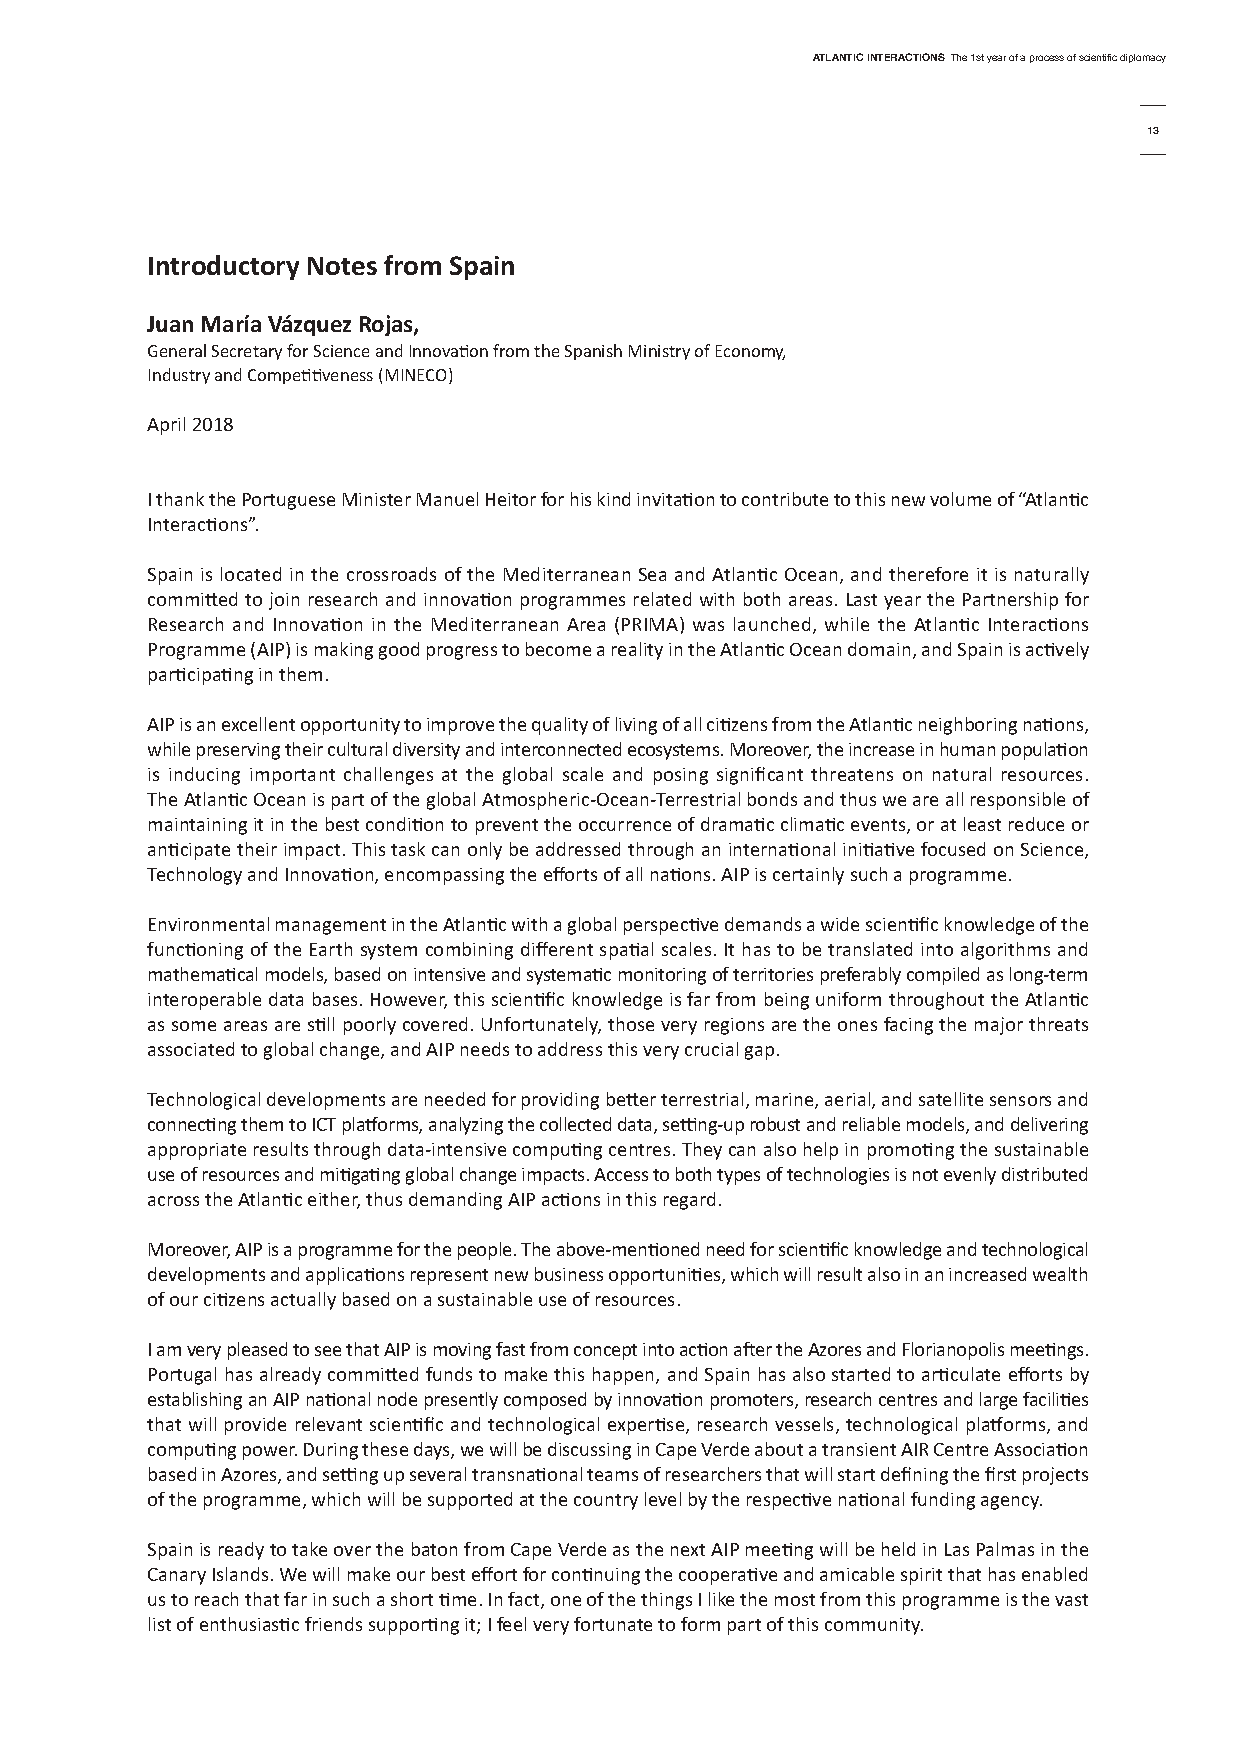
AtlAntic interActionsThe 1st year of a process of scientific diplomacy
 13
 introductory notes from spain
 Juan María Vázquez rojas,
 General Secretary for Science and Innovation from the Spanish Ministry of Economy,
 Industry and Competitiveness (MINECO)
 April 2018
 I thank the Portuguese Minister Manuel Heitor for his kind invitation to contribute to this new volume of “Atlantic
 Interactions”.
 Spain is located in the crossroads of the Mediterranean Sea and Atlantic Ocean, and therefore it is naturally
 committed to join research and innovation programmes related with both areas. Last year the Partnership for
 Research and Innovation in the Mediterranean Area (PRIMA) was launched, while the Atlantic Interactions
 Programme (AIP) is making good progress to become a reality in the Atlantic Ocean domain, and Spain is actively
 participating in them.
 AIP is an excellent opportunity to improve the quality of living of all citizens from the Atlantic neighboring nations,
 while preserving their cultural diversity and interconnected ecosystems. Moreover, the increase in human population
 is inducing important challenges at the global scale and posing significant threatens on natural resources.
 The Atlantic Ocean is part of the global Atmospheric-Ocean-Terrestrial bonds and thus we are all responsible of
 maintaining it in the best condition to prevent the occurrence of dramatic climatic events, or at least reduce or
 anticipate their impact. This task can only be addressed through an international initiative focused on Science,
 Technology and Innovation, encompassing the efforts of all nations. AIP is certainly such a programme.
 Environmental management in the Atlantic with a global perspective demands a wide scientific knowledge of the
 functioning of the Earth system combining different spatial scales. It has to be translated into algorithms and
 mathematical models, based on intensive and systematic monitoring of territories preferably compiled as long-term
 interoperable data bases. However, this scientific knowledge is far from being uniform throughout the Atlantic
 as some areas are still poorly covered. Unfortunately, those very regions are the ones facing the major threats
 associated to global change, and AIP needs to address this very crucial gap.
 Technological developments are needed for providing better terrestrial, marine, aerial, and satellite sensors and
 connecting them to ICT platforms, analyzing the collected data, setting-up robust and reliable models, and delivering
 appropriate results through data-intensive computing centres. They can also help in promoting the sustainable
 use of resources and mitigating global change impacts. Access to both types of technologies is not evenly distributed
 across the Atlantic either, thus demanding AIP actions in this regard.
 Moreover, AIP is a programme for the people. The above-mentioned need for scientific knowledge and technological
 developments and applications represent new business opportunities, which will result also in an increased wealth
 of our citizens actually based on a sustainable use of resources.
 I am very pleased to see that AIP is moving fast from concept into action after the Azores and Florianopolis meetings.
 Portugal has already committed funds to make this happen, and Spain has also started to articulate efforts by
 establishing an AIP national node presently composed by innovation promoters, research centres and large facilities
 that will provide relevant scientific and technological expertise, research vessels, technological platforms, and
 computing power. During these days, we will be discussing in Cape Verde about a transient AIR Centre Association
 based in Azores, and setting up several transnational teams of researchers that will start defining the first projects
 of the programme, which will be supported at the country level by the respective national funding agency.
 Spain is ready to take over the baton from Cape Verde as the next AIP meeting will be held in Las Palmas in the
 Canary Islands. We will make our best effort for continuing the cooperative and amicable spirit that has enabled
 us to reach that far in such a short time. In fact, one of the things I like the most from this programme is the vast
 list of enthusiastic friends supporting it; I feel very fortunate to form part of this community.